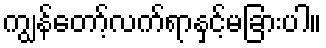
ကျွန်တော့်လက်ရာနှင့်မခြားပါ။